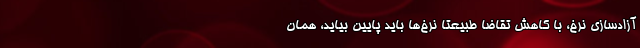
آزادسازی نرخ، با کاهش تقاضا طبیعتا نرخ‌ها باید پایین بیاید، همان